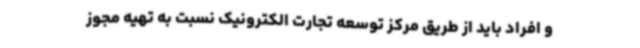
و افراد باید از طریق مرکز توسعه تجارت الکترونیک نسبت به تهیه مجوز